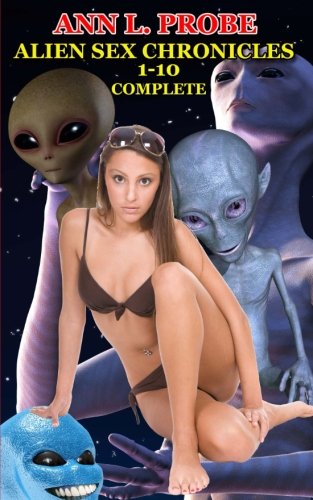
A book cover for Complete Alien Sex Chronicles 1-10: Boffing Bigfoot/Fifty Slaves of Grays/Tall White and Hung/Mounting the Mothman/Ravaged by the Reptilian/The Nordic ... Andromedan/Dancing to the Anunnaki Nookie; Ann L. Probe; Romance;